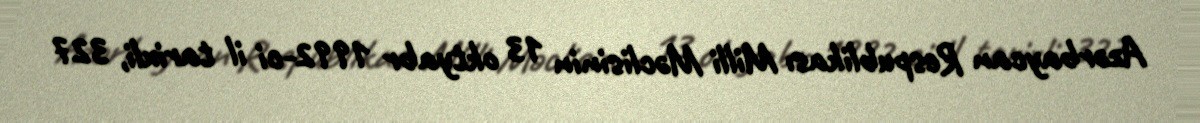
Azərbaycan Respublikası Milli Məclisinin 13 oktyabr 1992-ci il tarixli, 327